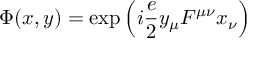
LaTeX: \Phi ( x , y ) = \exp \left( i \frac { e } { 2 } y _ { \mu } F ^ { \mu \nu } x _ { \nu } \right)